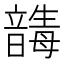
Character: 𩐸